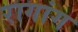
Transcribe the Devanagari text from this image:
रागांग